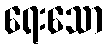
ရေးသော